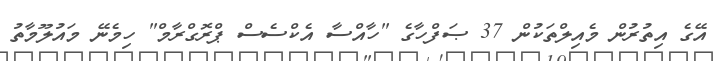
އޭގެ އިތުުރުން މެއިލްތަކުން 37 ޞަފްހާގެ "ހާއްސާ އެކްސެސް ޕްރޮގްރާމް" ހިމެނޭ މައުލޫމާތު